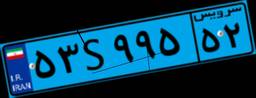
۰۵S۶۱۰۲۳